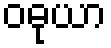
ဝဓုယာ